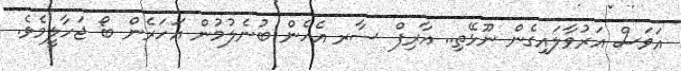
އަވަސް އަރުވާލައިގެން ނޫޅޭތި.. އާރިފް ސާރ އެހެން ބުނެލުމުން އަހަރެން ބޯ ޖަހާލީމެވެ.